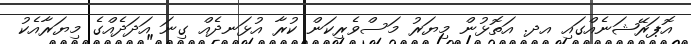
އޮޕަރޭޝަނެއްގައި އދ. އަތޮޅުން މިޔަރު މަސްވެރިކަން ކުރާ އުޅަނދެއް ގިނަ އަދަދެއްގެ މިޔަރާއެކު